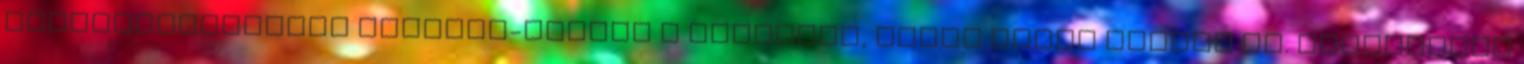
nagykereskedelem csínját-bínját a megyében, akkor Arató Márton az. Irányítása